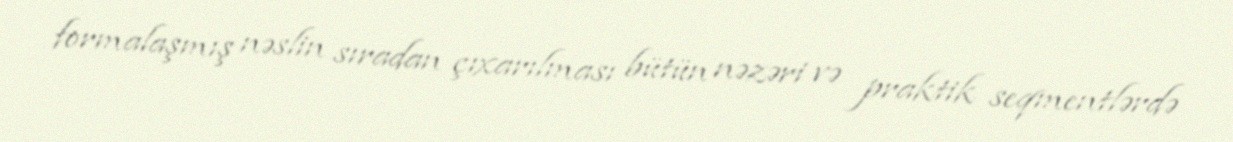
formalaşmış nəslin sıradan çıxarılması bütün nəzəri və praktik seqmentlərdə